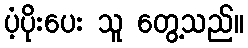
ပံ့ပိုးပေး သူ တွေ့သည်။